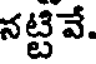
నట్టి వే.